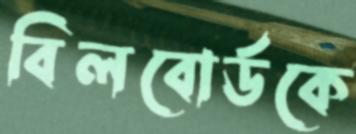
বিলবোর্ডকে